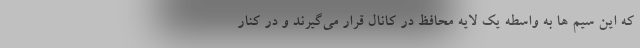
که این سیم ها به واسطه یک لایه محافظ در کانال قرار می‌گیرند و در کنار